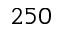
2 5 0